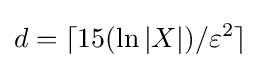
d=\lceil 15(\ln |X|)/\varepsilon ^{2}\rceil